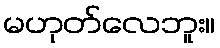
မဟုတ်လေဘူး။